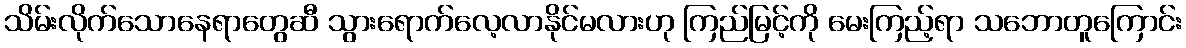
သိမ်းလိုက်သောနေရာတွေဆီ သွားရောက်လေ့လာနိုင်မလားဟု ကြည်မြင့်ကို မေးကြည့်ရာ သဘောတူကြောင်း